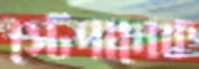
স্টেপানেক